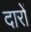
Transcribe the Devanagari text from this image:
दारों